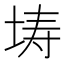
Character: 𭎜